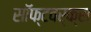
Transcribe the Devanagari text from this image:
सॉफ्टवर्क्स